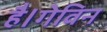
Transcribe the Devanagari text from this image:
है।गेविन